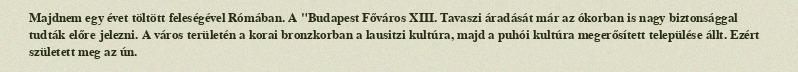
Majdnem egy évet töltött feleségével Rómában. A "Budapest Főváros XIII. Tavaszi áradását már az ókorban is nagy biztonsággal tudták előre jelezni. A város területén a korai bronzkorban a lausitzi kultúra, majd a puhói kultúra megerősített települése állt. Ezért született meg az ún.